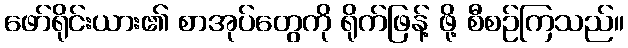
ဖော်ရိုင်းယား၏ စာအုပ်တွေကို ရိုက်ဖြန့် ဖို့ စီစဉ်ကြသည်။